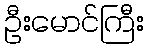
ဦးမောင်ကြီး